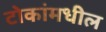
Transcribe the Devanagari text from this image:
टोकांमधील